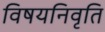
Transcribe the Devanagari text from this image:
विषयनिवृति